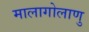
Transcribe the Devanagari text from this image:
मालागोलाणु